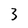
Character: 3